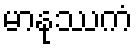
မာနုဿကံ